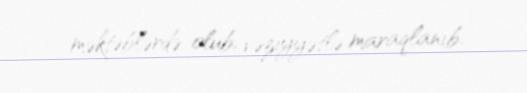
məktəblərdə olub, vəziyyətlə maraqlanıb.